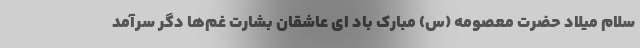
سلام میلاد حضرت معصومه (س) مبارک باد ای عاشقان بشارت غم‌ها دگر سرآمد